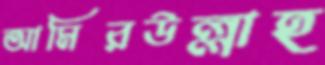
আমিরউল্লাহ